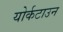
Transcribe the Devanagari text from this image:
योर्कटाउन